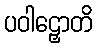
ပဝါဠှောတိ